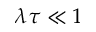
\lambda \tau \ll 1